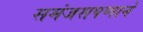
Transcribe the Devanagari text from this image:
समंजसपणाने